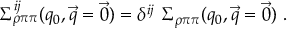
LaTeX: \Sigma _ { \rho \pi \pi } ^ { i j } ( q _ { 0 } , \vec { q } = \vec { 0 } ) = \delta ^ { i j } \ \Sigma _ { \rho \pi \pi } ( q _ { 0 } , \vec { q } = \vec { 0 } ) \ .